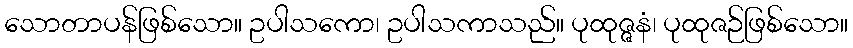
သောတာပန်ဖြစ်သော။ ဥပါသကော၊ ဥပါသကာသည်။ ပုထုဇ္ဇနံ၊ ပုထုဇဉ်ဖြစ်သော။